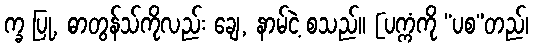
က္ခ ပြု, ဓာတွန်သ်ကိုလည်း ချေ, နာမ်ငဲ့ စသည်။ [ပက္ကံကို “ပစ”တည်၊